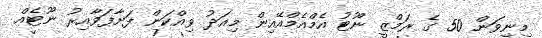
މިނިވަން 50 ގެ ރަމްޒީ ނޫޓު އެމްއެމްއޭއިން މިއަދު ވިއްކަން ފަށާފަވާއިރު ނޫޓެއް